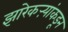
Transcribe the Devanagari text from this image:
झारेकऱ्यांकडून